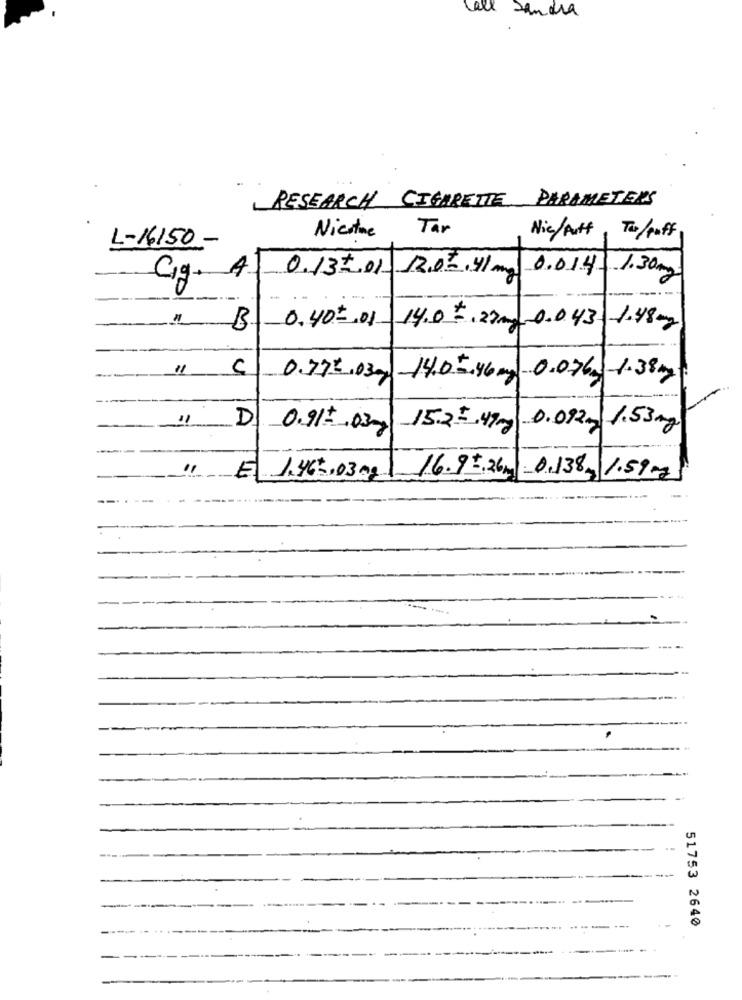
all sandra
RESEARCH CIGARETTE PARAMETERS
Tar
L-16150 -
Nicothe
Nic/Auff
To/puff
0.132.01 12.02.41m 0.014 1.30mg
Cig. 4
B
0.40 -. 01 14.0 2.20 0.0.43 1.48mg
11
0.372.030 14.05.46 mg 0.076 1.38mg
11
D
0.91= 03 152= 49mg 0.092m 1.53mg
E
1.465.0300 16.9 .26m 0.138, 1.59mg
51753 2640